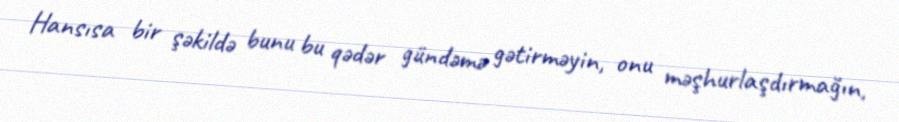
Hansısa bir şəkildə bunu bu qədər gündəmə gətirməyin, onu məşhurlaşdırmağın,